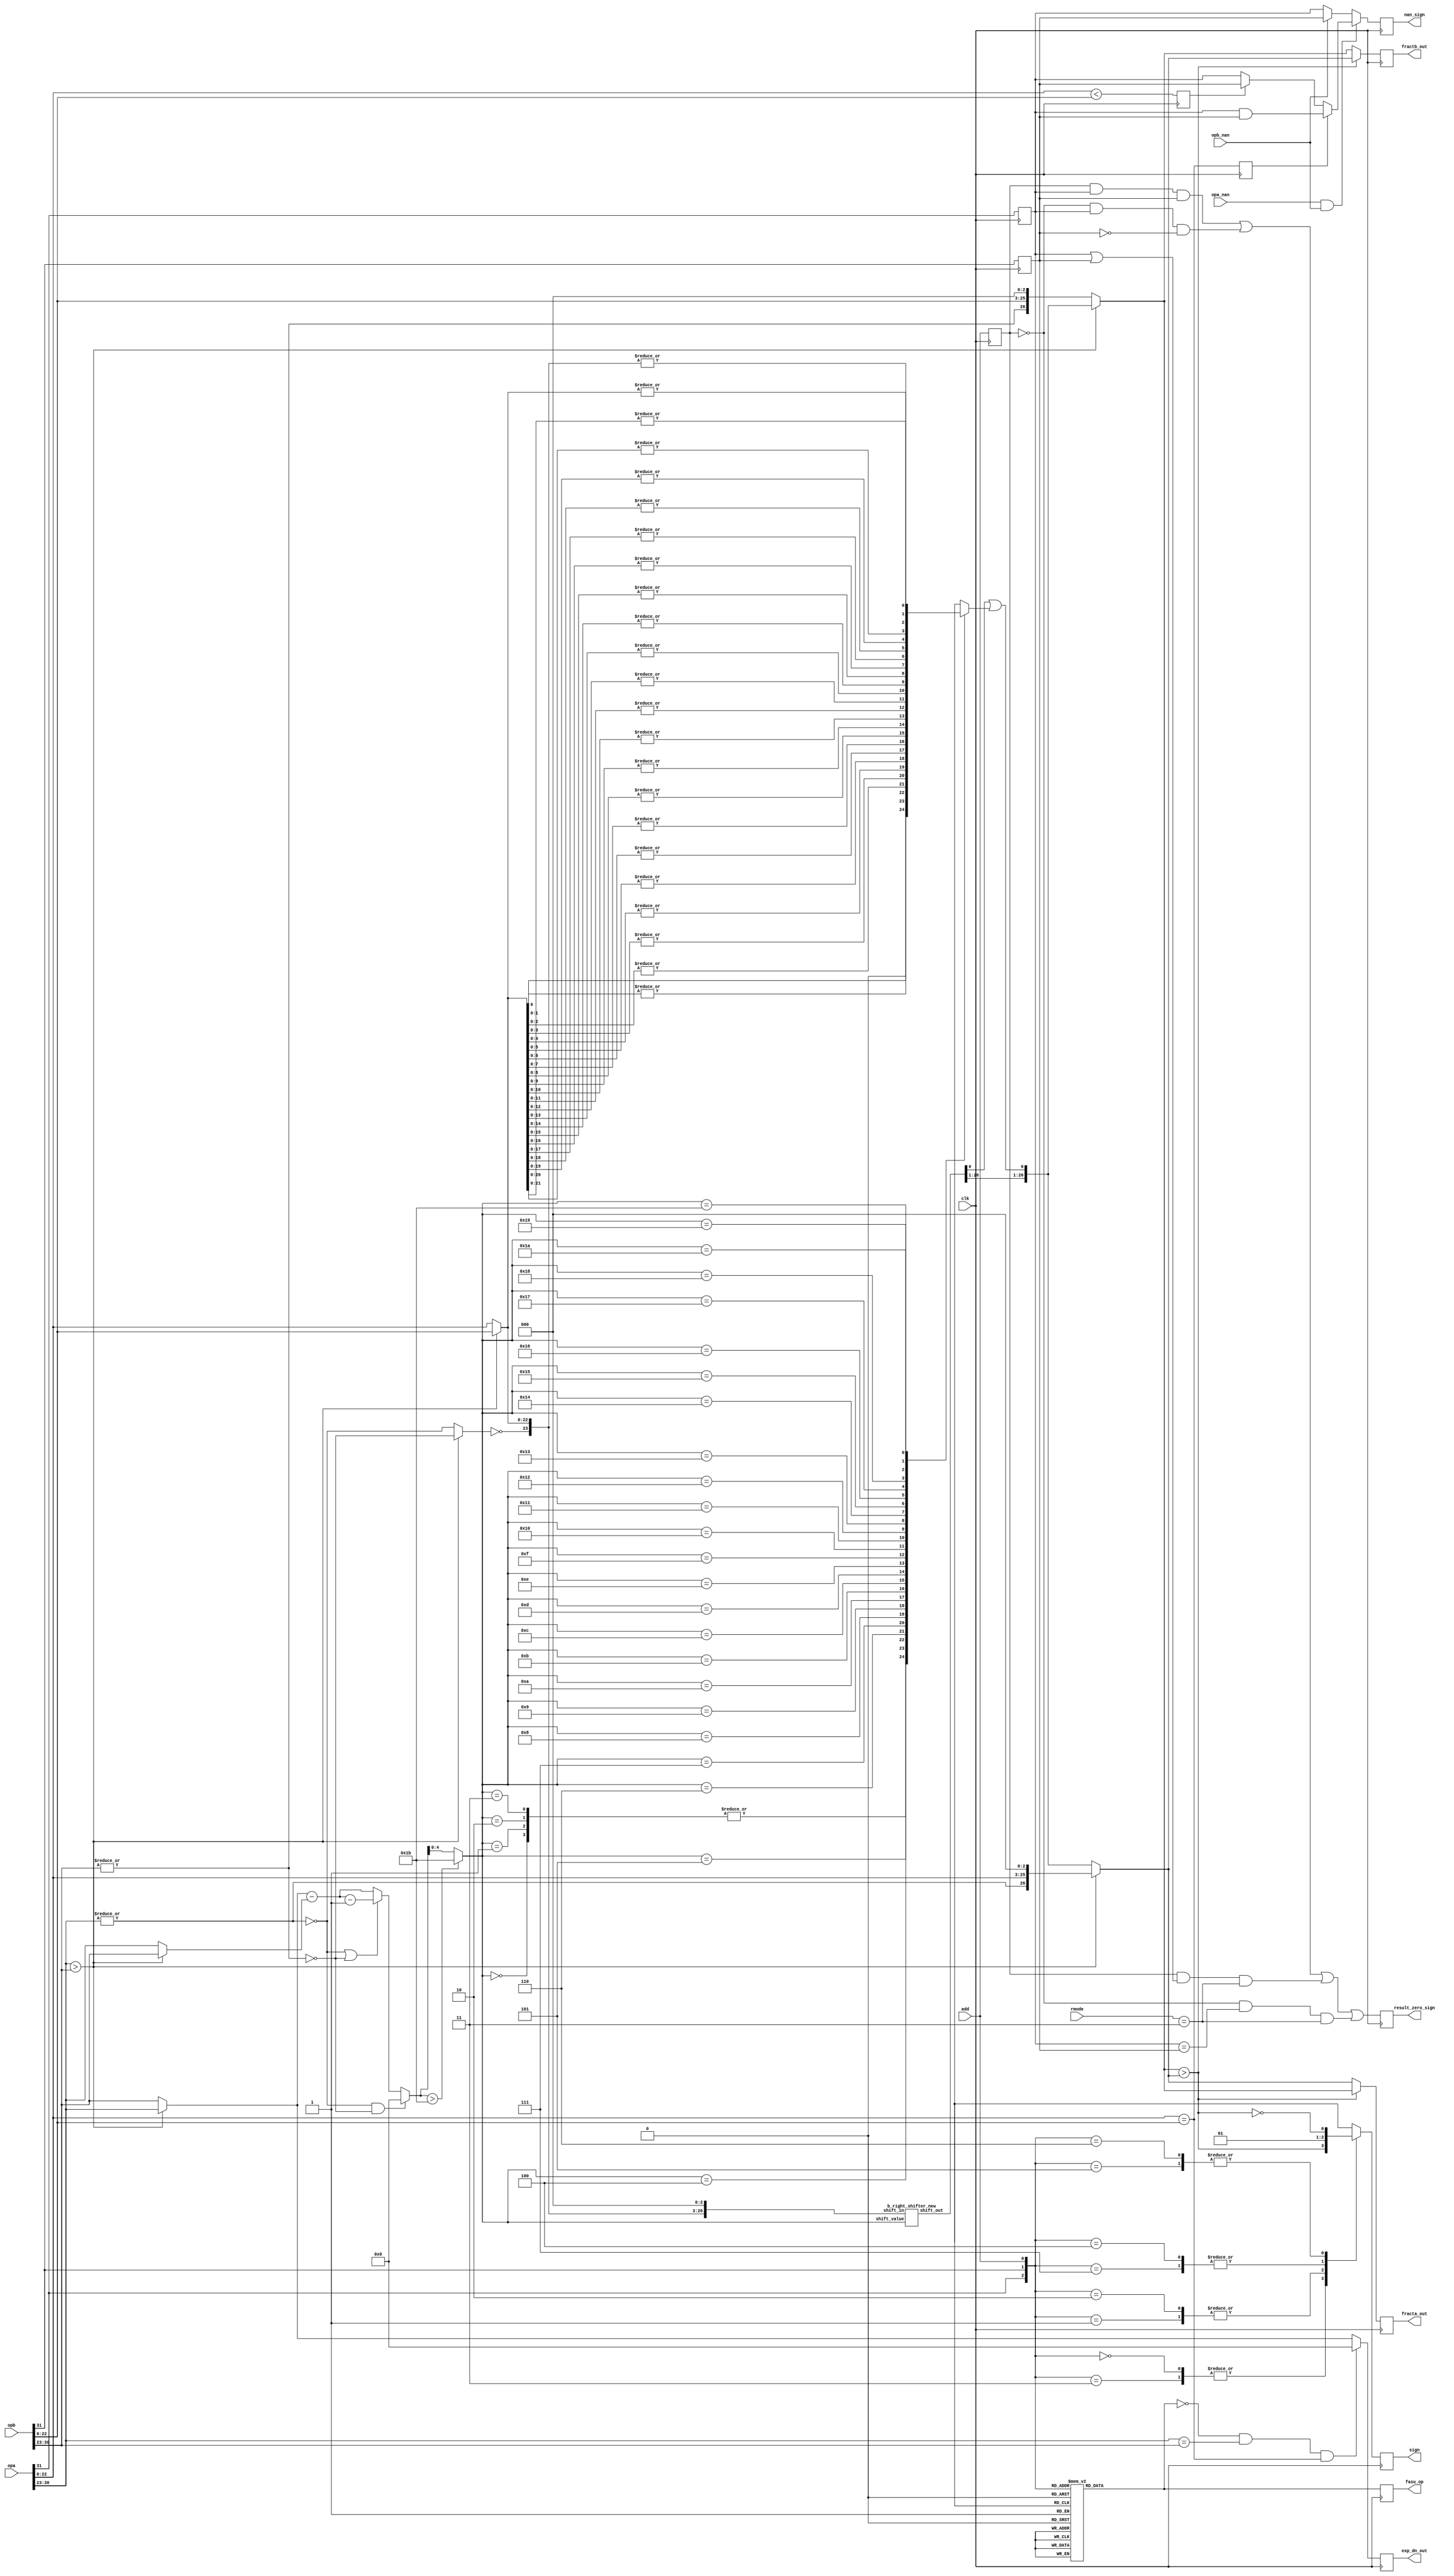
`define BITS 32         // Bit width of the operands
`define NumPath 34     

module pre_norm(clk, rmode, add, opa, opb, opa_nan, opb_nan, fracta_out,
		fractb_out, exp_dn_out, sign, nan_sign, result_zero_sign,
		fasu_op);
input		clk;
input	[1:0]	rmode;
input		add;
input	[31:0]	opa, opb;
input		opa_nan, opb_nan;
output	[26:0]	fracta_out, fractb_out;
output	[7:0]	exp_dn_out;
output		sign;
output		nan_sign, result_zero_sign;
output		fasu_op;			// Operation Output

////////////////////////////////////////////////////////////////////////
//
// Local Wires and registers
//

wire		signa, signb;		// alias to opX sign
wire	[7:0]	expa, expb;		// alias to opX exponent
wire	[22:0]	fracta, fractb;		// alias to opX fraction
wire		expa_lt_expb;		// expa is larger than expb indicator
wire		fractb_lt_fracta;	// fractb is larger than fracta indicator
reg	[7:0]	exp_dn_out;		// de normalized exponent output
wire	[7:0]	exp_small, exp_large;
wire	[7:0]	exp_diff;		// Numeric difference of the two exponents
wire	[22:0]	adj_op;			// Fraction adjustment: input
wire	[26:0]	adj_op_tmp;
wire	[26:0]	adj_op_out;		// Fraction adjustment: output
wire	[26:0]	fracta_n, fractb_n;	// Fraction selection after normalizing
wire	[26:0]	fracta_s, fractb_s;	// Fraction Sorting out
reg	[26:0]	fracta_out, fractb_out;	// Fraction Output
reg		sign, sign_d;		// Sign Output
reg		add_d;			// operation (add/sub)
reg		fasu_op;		// operation (add/sub) register
wire		expa_dn, expb_dn;
reg		sticky;
reg		result_zero_sign;
reg		add_r, signa_r, signb_r;
wire	[4:0]	exp_diff_sft;
wire		exp_lt_27;
wire		op_dn;
wire	[26:0]	adj_op_out_sft;
reg		fracta_lt_fractb, fracta_eq_fractb;
wire		nan_sign1;
reg		nan_sign;

////////////////////////////////////////////////////////////////////////
//
// Aliases
//

assign  signa = opa[31];
assign  signb = opb[31];
assign   expa = opa[30:23];
assign   expb = opb[30:23];
assign fracta = opa[22:0];
assign fractb = opb[22:0];

////////////////////////////////////////////////////////////////////////
//
// Pre-Normalize exponents (and fractions)
//

assign expa_lt_expb = expa > expb;		// expa is larger than expb

// ---------------------------------------------------------------------
// Normalize

assign expa_dn = !(|expa);			// opa denormalized
assign expb_dn = !(|expb);			// opb denormalized

// ---------------------------------------------------------------------
// Calculate the difference between the smaller and larger exponent

wire	[7:0]	exp_diff1, exp_diff1a, exp_diff2;

assign exp_small  = expa_lt_expb ? expb : expa;
assign exp_large  = expa_lt_expb ? expa : expb;
assign exp_diff1  = exp_large - exp_small;
assign exp_diff1a = exp_diff1-8'h01;
assign exp_diff2  = (expa_dn | expb_dn) ? exp_diff1a : exp_diff1;
assign  exp_diff  = (expa_dn & expb_dn) ? 8'h0 : exp_diff2;

always @(posedge clk)	// If numbers are equal we should return zero
	exp_dn_out <=   (!add_d & expa==expb & fracta==fractb) ? 8'h0 : exp_large;

// ---------------------------------------------------------------------
// Adjust the smaller fraction


assign op_dn	  = expa_lt_expb ? expb_dn : expa_dn;
assign adj_op     = expa_lt_expb ? fractb : fracta;
wire temp1;
assign temp1 = ~op_dn;
//assign adj_op_tmp[26:0] = {~op_dn, adj_op, 3'b000};	// recover hidden bit (op_dn) 
assign adj_op_tmp[26:0] = {temp1, adj_op, 3'b000};	// recover hidden bit (op_dn) 

// adj_op_out is 27 bits wide, so can only be shifted 27 bits to the right
assign exp_lt_27	= exp_diff  > 8'd27;
assign exp_diff_sft	= exp_lt_27 ? 5'd27 : exp_diff[4:0];

//assign adj_op_out_sft	= adj_op_tmp >> exp_diff_sft;
b_right_shifter_new u7(
	.shift_in(adj_op_tmp),
	.shift_value(exp_diff_sft),
	.shift_out(adj_op_out_sft)
);

wire temp2;
assign temp2 = adj_op_out_sft[0] | sticky;
//assign adj_op_out[26:0]	= {adj_op_out_sft[26:1], adj_op_out_sft[0] | sticky };
assign adj_op_out[26:0]	= {adj_op_out_sft[26:1], temp2 };


// ---------------------------------------------------------------------
// Get truncated portion (sticky bit)

always @(exp_diff_sft or adj_op_tmp)
   case(exp_diff_sft)		// synopsys full_case parallel_case
	5'd00: sticky = 1'h0;
	5'd01: sticky =  adj_op_tmp[0]; 
	5'd02: sticky = |adj_op_tmp[01:0];
	5'd03: sticky = |adj_op_tmp[02:0];
	5'd04: sticky = |adj_op_tmp[03:0];
	5'd05: sticky = |adj_op_tmp[04:0];
	5'd06: sticky = |adj_op_tmp[05:0];
	5'd07: sticky = |adj_op_tmp[06:0];
	5'd08: sticky = |adj_op_tmp[07:0];
	5'd09: sticky = |adj_op_tmp[08:0];
	5'd10: sticky = |adj_op_tmp[09:0];
	5'd11: sticky = |adj_op_tmp[10:0];
	5'd12: sticky = |adj_op_tmp[11:0];
	5'd13: sticky = |adj_op_tmp[12:0];
	5'd14: sticky = |adj_op_tmp[13:0];
	5'd15: sticky = |adj_op_tmp[14:0];
	5'd16: sticky = |adj_op_tmp[15:0];
	5'd17: sticky = |adj_op_tmp[16:0];
	5'd18: sticky = |adj_op_tmp[17:0];
	5'd19: sticky = |adj_op_tmp[18:0];
	5'd20: sticky = |adj_op_tmp[19:0];
	5'd21: sticky = |adj_op_tmp[20:0];
	5'd22: sticky = |adj_op_tmp[21:0];
	5'd23: sticky = |adj_op_tmp[22:0];
	5'd24: sticky = |adj_op_tmp[23:0];
	5'd25: sticky = |adj_op_tmp[24:0];
	5'd26: sticky = |adj_op_tmp[25:0];
	5'd27: sticky = |adj_op_tmp[26:0];
   endcase

// ---------------------------------------------------------------------
// Select operands for add/sub (recover hidden bit)

assign fracta_n = expa_lt_expb ? {~expa_dn, fracta, 3'b0} : adj_op_out;
assign fractb_n = expa_lt_expb ? adj_op_out : {~expb_dn, fractb, 3'b0};

// ---------------------------------------------------------------------
// Sort operands (for sub only)

assign fractb_lt_fracta = fractb_n > fracta_n;	// fractb is larger than fracta
assign fracta_s = fractb_lt_fracta ? fractb_n : fracta_n;
assign fractb_s = fractb_lt_fracta ? fracta_n : fractb_n;

always @(posedge clk)
	fracta_out <=   fracta_s;

always @(posedge clk)
	fractb_out <=   fractb_s;

// ---------------------------------------------------------------------
// Determine sign for the output

// sign: 0=Positive Number; 1=Negative Number
always @(signa or signb or add or fractb_lt_fracta)
   case({signa, signb, add})		// synopsys full_case parallel_case

   	// Add
	3'b001: sign_d = 0;
	3'b011: sign_d = fractb_lt_fracta;
	3'b101: sign_d = !fractb_lt_fracta;
	3'b111: sign_d = 1;

	// Sub
	3'b000: sign_d = fractb_lt_fracta;
	3'b010: sign_d = 0;
	3'b100: sign_d = 1;
	3'b110: sign_d = !fractb_lt_fracta;
   endcase

always @(posedge clk)
	sign <=   sign_d;

// Fix sign for ZERO result
always @(posedge clk)
	signa_r <=   signa;

always @(posedge clk)
	signb_r <=   signb;

always @(posedge clk)
	add_r <=   add;

always @(posedge clk)
	result_zero_sign <=  	( add_r &  signa_r &  signb_r) |
				(!add_r &  signa_r & !signb_r) |
				( add_r & (signa_r |  signb_r) & (rmode==3)) |
				(!add_r & (signa_r == signb_r) & (rmode==3));

// Fix sign for NAN result
always @(posedge clk)
	fracta_lt_fractb <=   fracta < fractb;

always @(posedge clk)
	fracta_eq_fractb <=   fracta == fractb;

assign nan_sign1 = fracta_eq_fractb ? (signa_r & signb_r) : fracta_lt_fractb ? signb_r : signa_r;

always @(posedge clk)
	nan_sign <=   (opa_nan & opb_nan) ? nan_sign1 : opb_nan ? signb_r : signa_r;

////////////////////////////////////////////////////////////////////////
//
// Decode Add/Sub operation
//

// add: 1=Add; 0=Subtract
always @(signa or signb or add)
   case({signa, signb, add})		// synopsys full_case parallel_case
   
   	// Add
	3'b001: add_d = 1;
	3'b011: add_d = 0;
	3'b101: add_d = 0;
	3'b111: add_d = 1;
	
	// Sub
	3'b000: add_d = 0;
	3'b010: add_d = 1;
	3'b100: add_d = 1;
	3'b110: add_d = 0;
   endcase

always @(posedge clk)
	fasu_op <=   add_d;

endmodule
module b_right_shifter_new (
	shift_in,
	shift_value,
	shift_out
);

input [26:0] shift_in;
input [4:0] shift_value;
output [26:0] shift_out;
reg [26:0] shift_out;

always @(shift_value)
begin
	case (shift_value)	
		5'b00000: shift_out = shift_in;
		5'b00001: shift_out = shift_in >> 1;
		5'b00010: shift_out = shift_in >> 2;
		5'b00011: shift_out = shift_in >> 3;
		5'b00100: shift_out = shift_in >> 4;
		5'b00101: shift_out = shift_in >> 5;
		5'b00110: shift_out = shift_in >> 6;
		5'b00111: shift_out = shift_in >> 7;		
		5'b01000: shift_out = shift_in >> 8;
		5'b01001: shift_out = shift_in >> 9;
		5'b01010: shift_out = shift_in >> 10;
		5'b01011: shift_out = shift_in >> 11;
		5'b01100: shift_out = shift_in >> 12;
		5'b01101: shift_out = shift_in >> 13;
		5'b01110: shift_out = shift_in >> 14;
		5'b01111: shift_out = shift_in >> 15;		
		5'b10000: shift_out = shift_in >> 16;
		5'b10001: shift_out = shift_in >> 17;
		5'b10010: shift_out = shift_in >> 18;
		5'b10011: shift_out = shift_in >> 19;
		5'b10100: shift_out = shift_in >> 20;
		5'b10101: shift_out = shift_in >> 21;
		5'b10110: shift_out = shift_in >> 22;
		5'b10111: shift_out = shift_in >> 23;		
		5'b11000: shift_out = shift_in >> 24;
		5'b11001: shift_out = shift_in >> 25;
		5'b11010: shift_out = shift_in >> 26;
		5'b11011: shift_out = shift_in >> 27;
	endcase
end


endmodule